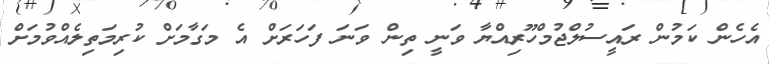
އެހެން ކަމުން ރައީސުލްޖުމްހޫރިއްޔާ ވަނީ ތިން ވަނަ ފަހަރަށް އެ މަގާމަށް ކުރިމަތިލެއްވުމަށް